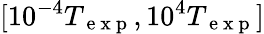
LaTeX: [10^{-4}T_{\mathrm{~e~x~p~}},10^{4}T_{\mathrm{~e~x~p~}}]